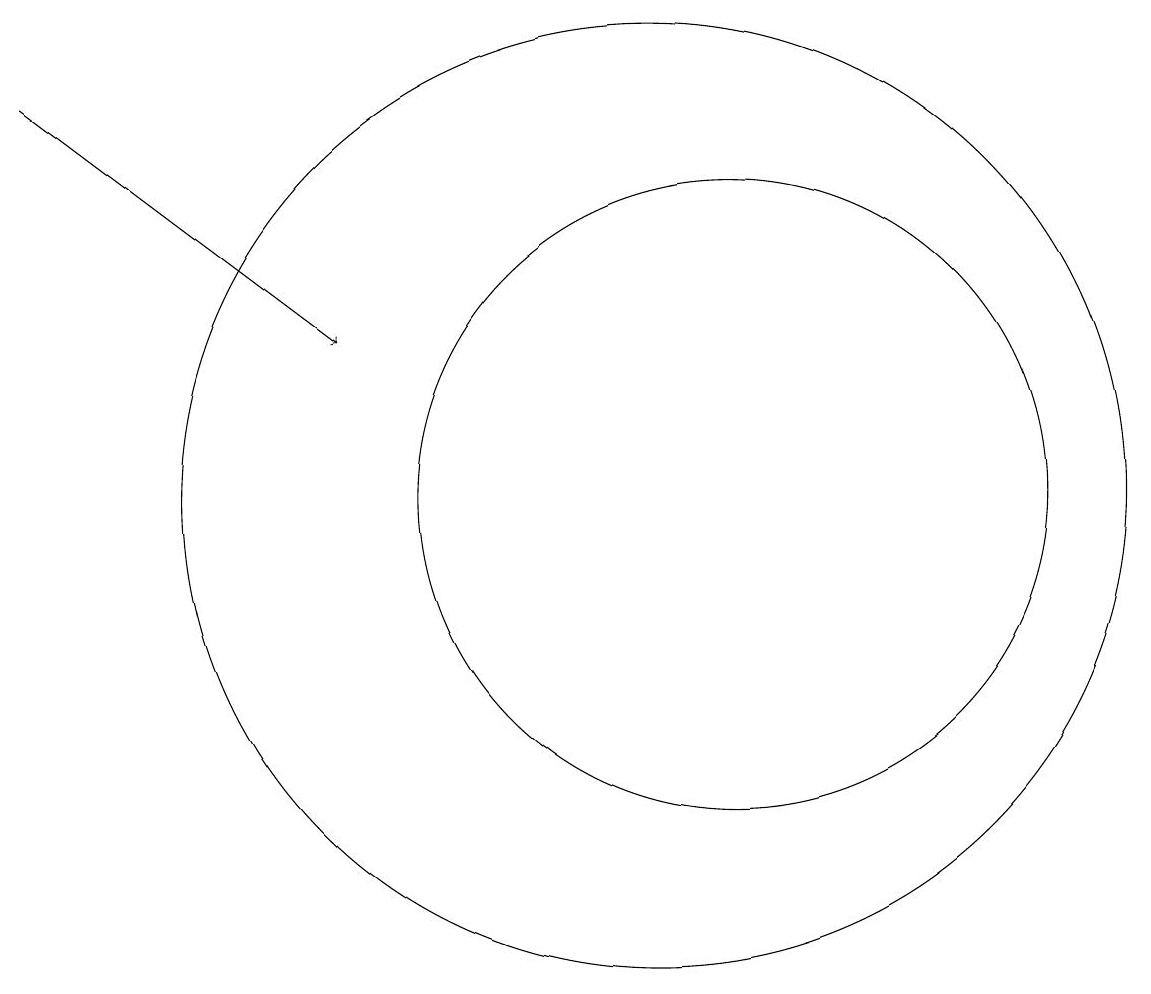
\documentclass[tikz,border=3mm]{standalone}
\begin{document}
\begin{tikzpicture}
\draw (11,11) circle (4);
\draw[->] (2,16) -- (6,13);
\draw (10,11) circle (6);
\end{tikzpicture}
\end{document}